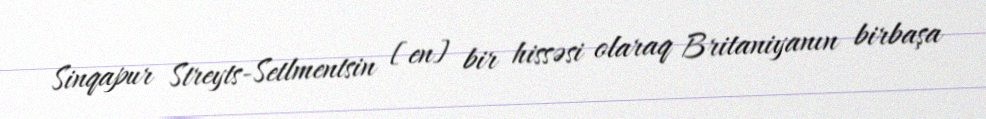
Sinqapur Streyts-Setlmentsin [en] bir hissəsi olaraq Britaniyanın birbaşa